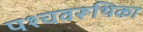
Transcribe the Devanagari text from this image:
पश्चवरूथिका